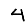
Digit: 4